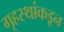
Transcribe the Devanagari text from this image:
गृहस्थांकडून